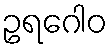
ဥရဂေါဝ